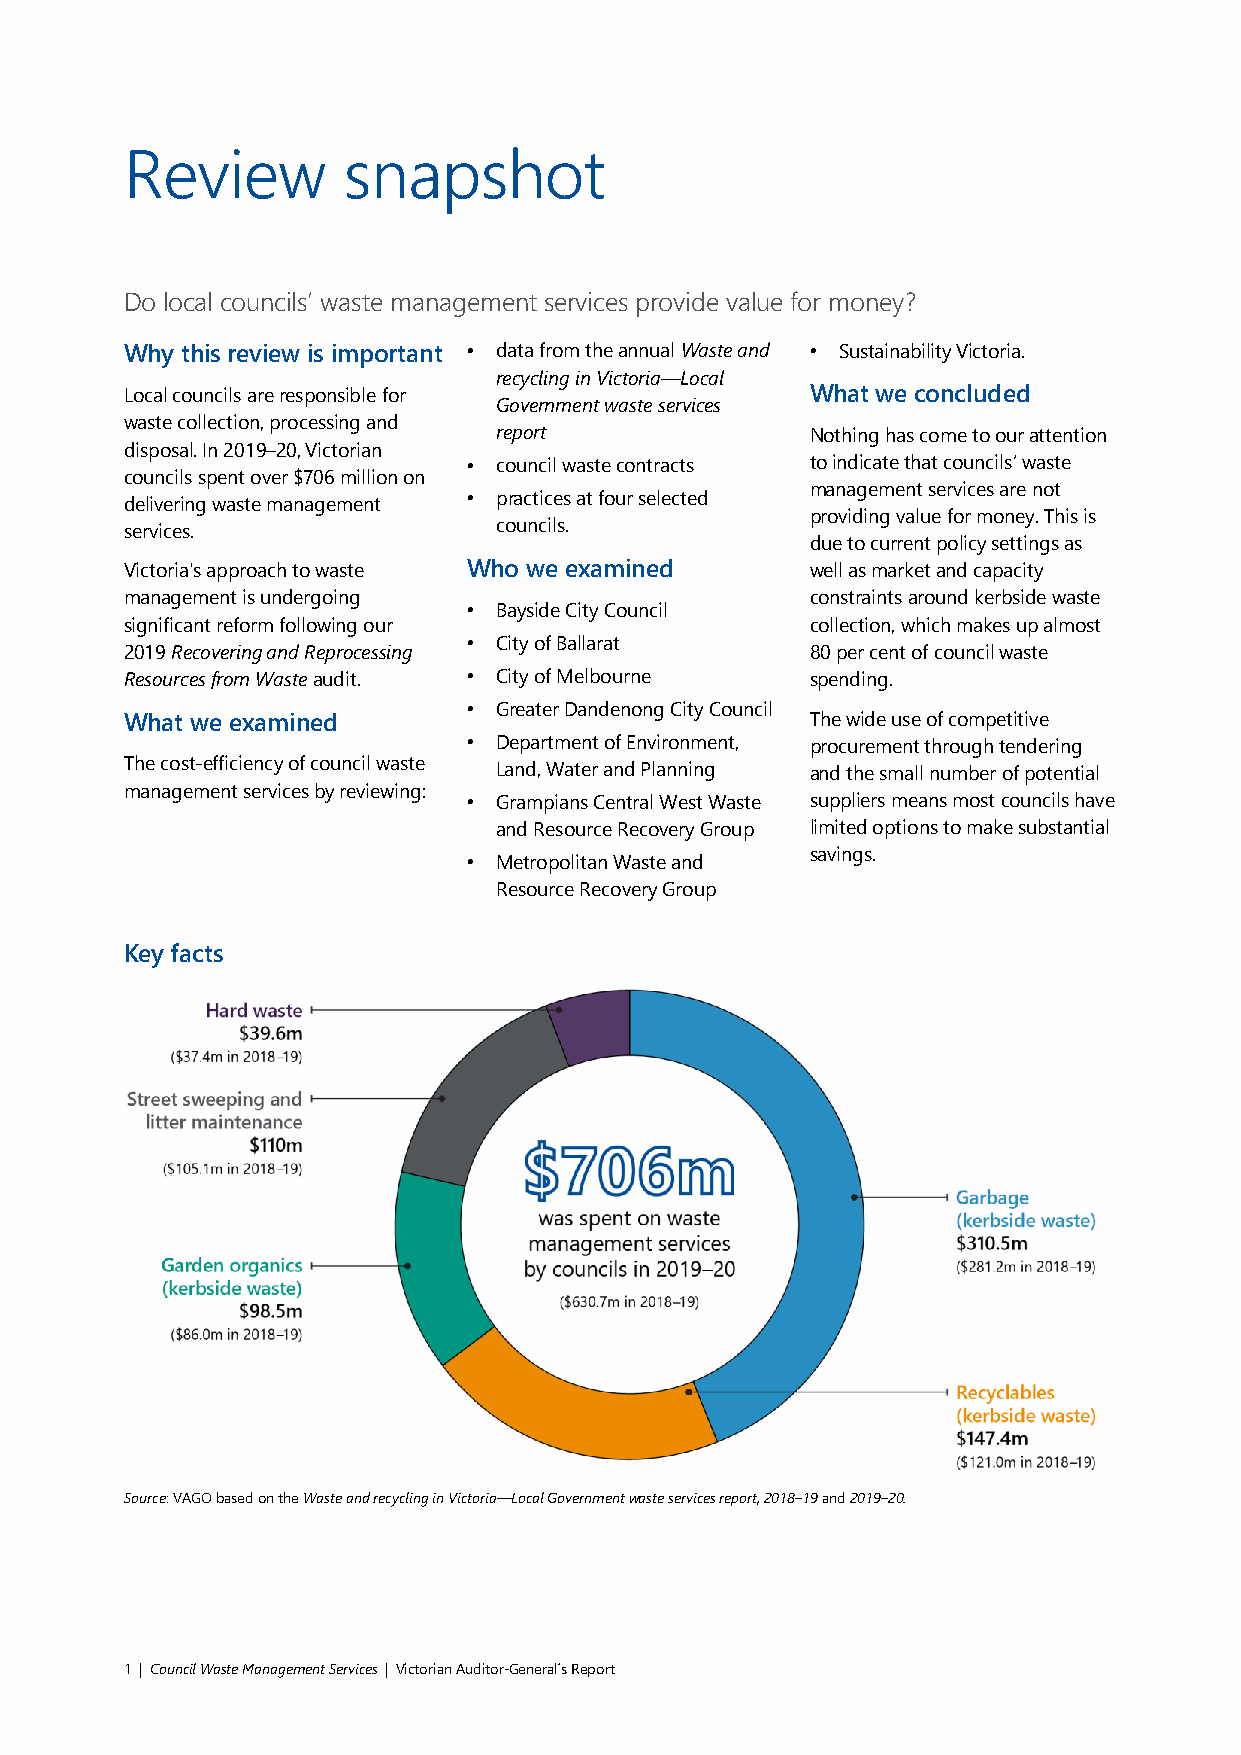
Review         snapshot
 Do local councils’ waste management services provide value for money?
 Why this review is important • data from the annual Waste and • Sustainability Victoria.
 recycling in Victoria—Local
 Local councils are responsible for            What we concluded
 Government waste services
 waste collection, processing and
 report               Nothing has come to our attention
 disposal. In 2019–20, Victorian
 • council waste contracts to indicate that councils’ waste
 councils spent over $706 million on
 management services are not
 delivering waste management • practices at four selected
 providing value for money. This is
 services.                councils.
 due to current policy settings as
 Victoria's approach to waste Who we examined  well as market and capacity
 management is undergoing                      constraints around kerbside waste
 • Bayside City Council
 significant reform following our              collection, which makes up almost
 • City of Ballarat
 2019 Recovering and Reprocessing              80 per cent of council waste
 Resources from Waste audit. • City of Melbourne spending.
 • Greater Dandenong City Council
 What we examined                              The wide use of competitive
 • Department of Environment, procurement through tendering
 The cost-efficiency of council waste Land, Water and Planning and the small number of potential
 management services by reviewing:
 • Grampians Central West Waste suppliers means most councils have
 and Resource Recovery Group limited options to make substantial
 savings.
 • Metropolitan Waste and
 Resource Recovery Group
 Key facts
 Source: VAGO based on the Waste and recycling in Victoria—Local Government waste services report, 2018–19 and 2019–20.
 1 | Council Waste Management Services | Victorian Auditor-General´s Report